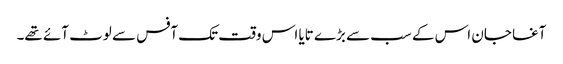
آغا جان اس کے سب سے بڑے تایا اس وقت تک آفس سے لوٹ آئے تھے۔